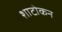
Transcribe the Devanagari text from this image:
शाटोकन